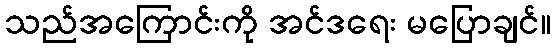
သည်အကြောင်းကို အင်ဒရေး မပြောချင်။